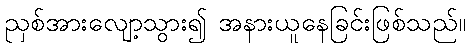
ညှစ်အားလျော့သွား၍ အနားယူနေခြင်းဖြစ်သည်။